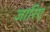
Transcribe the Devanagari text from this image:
जारिए